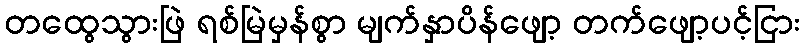
တထွေသွားဖြဲ ရစ်မြဲမှန်စွာ မျက်နှာပိန်ဖျော့ တက်ဖျော့ပင့်ငြား